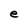
Character: e